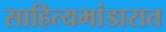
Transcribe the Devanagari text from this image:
साहित्यभांडारात